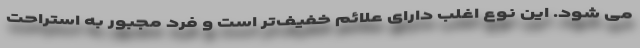
می شود. این نوع اغلب دارای علائم خفیف‌تر است و فرد مجبور به استراحت